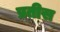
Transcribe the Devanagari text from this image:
प्रतीस